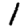
Digit: 1